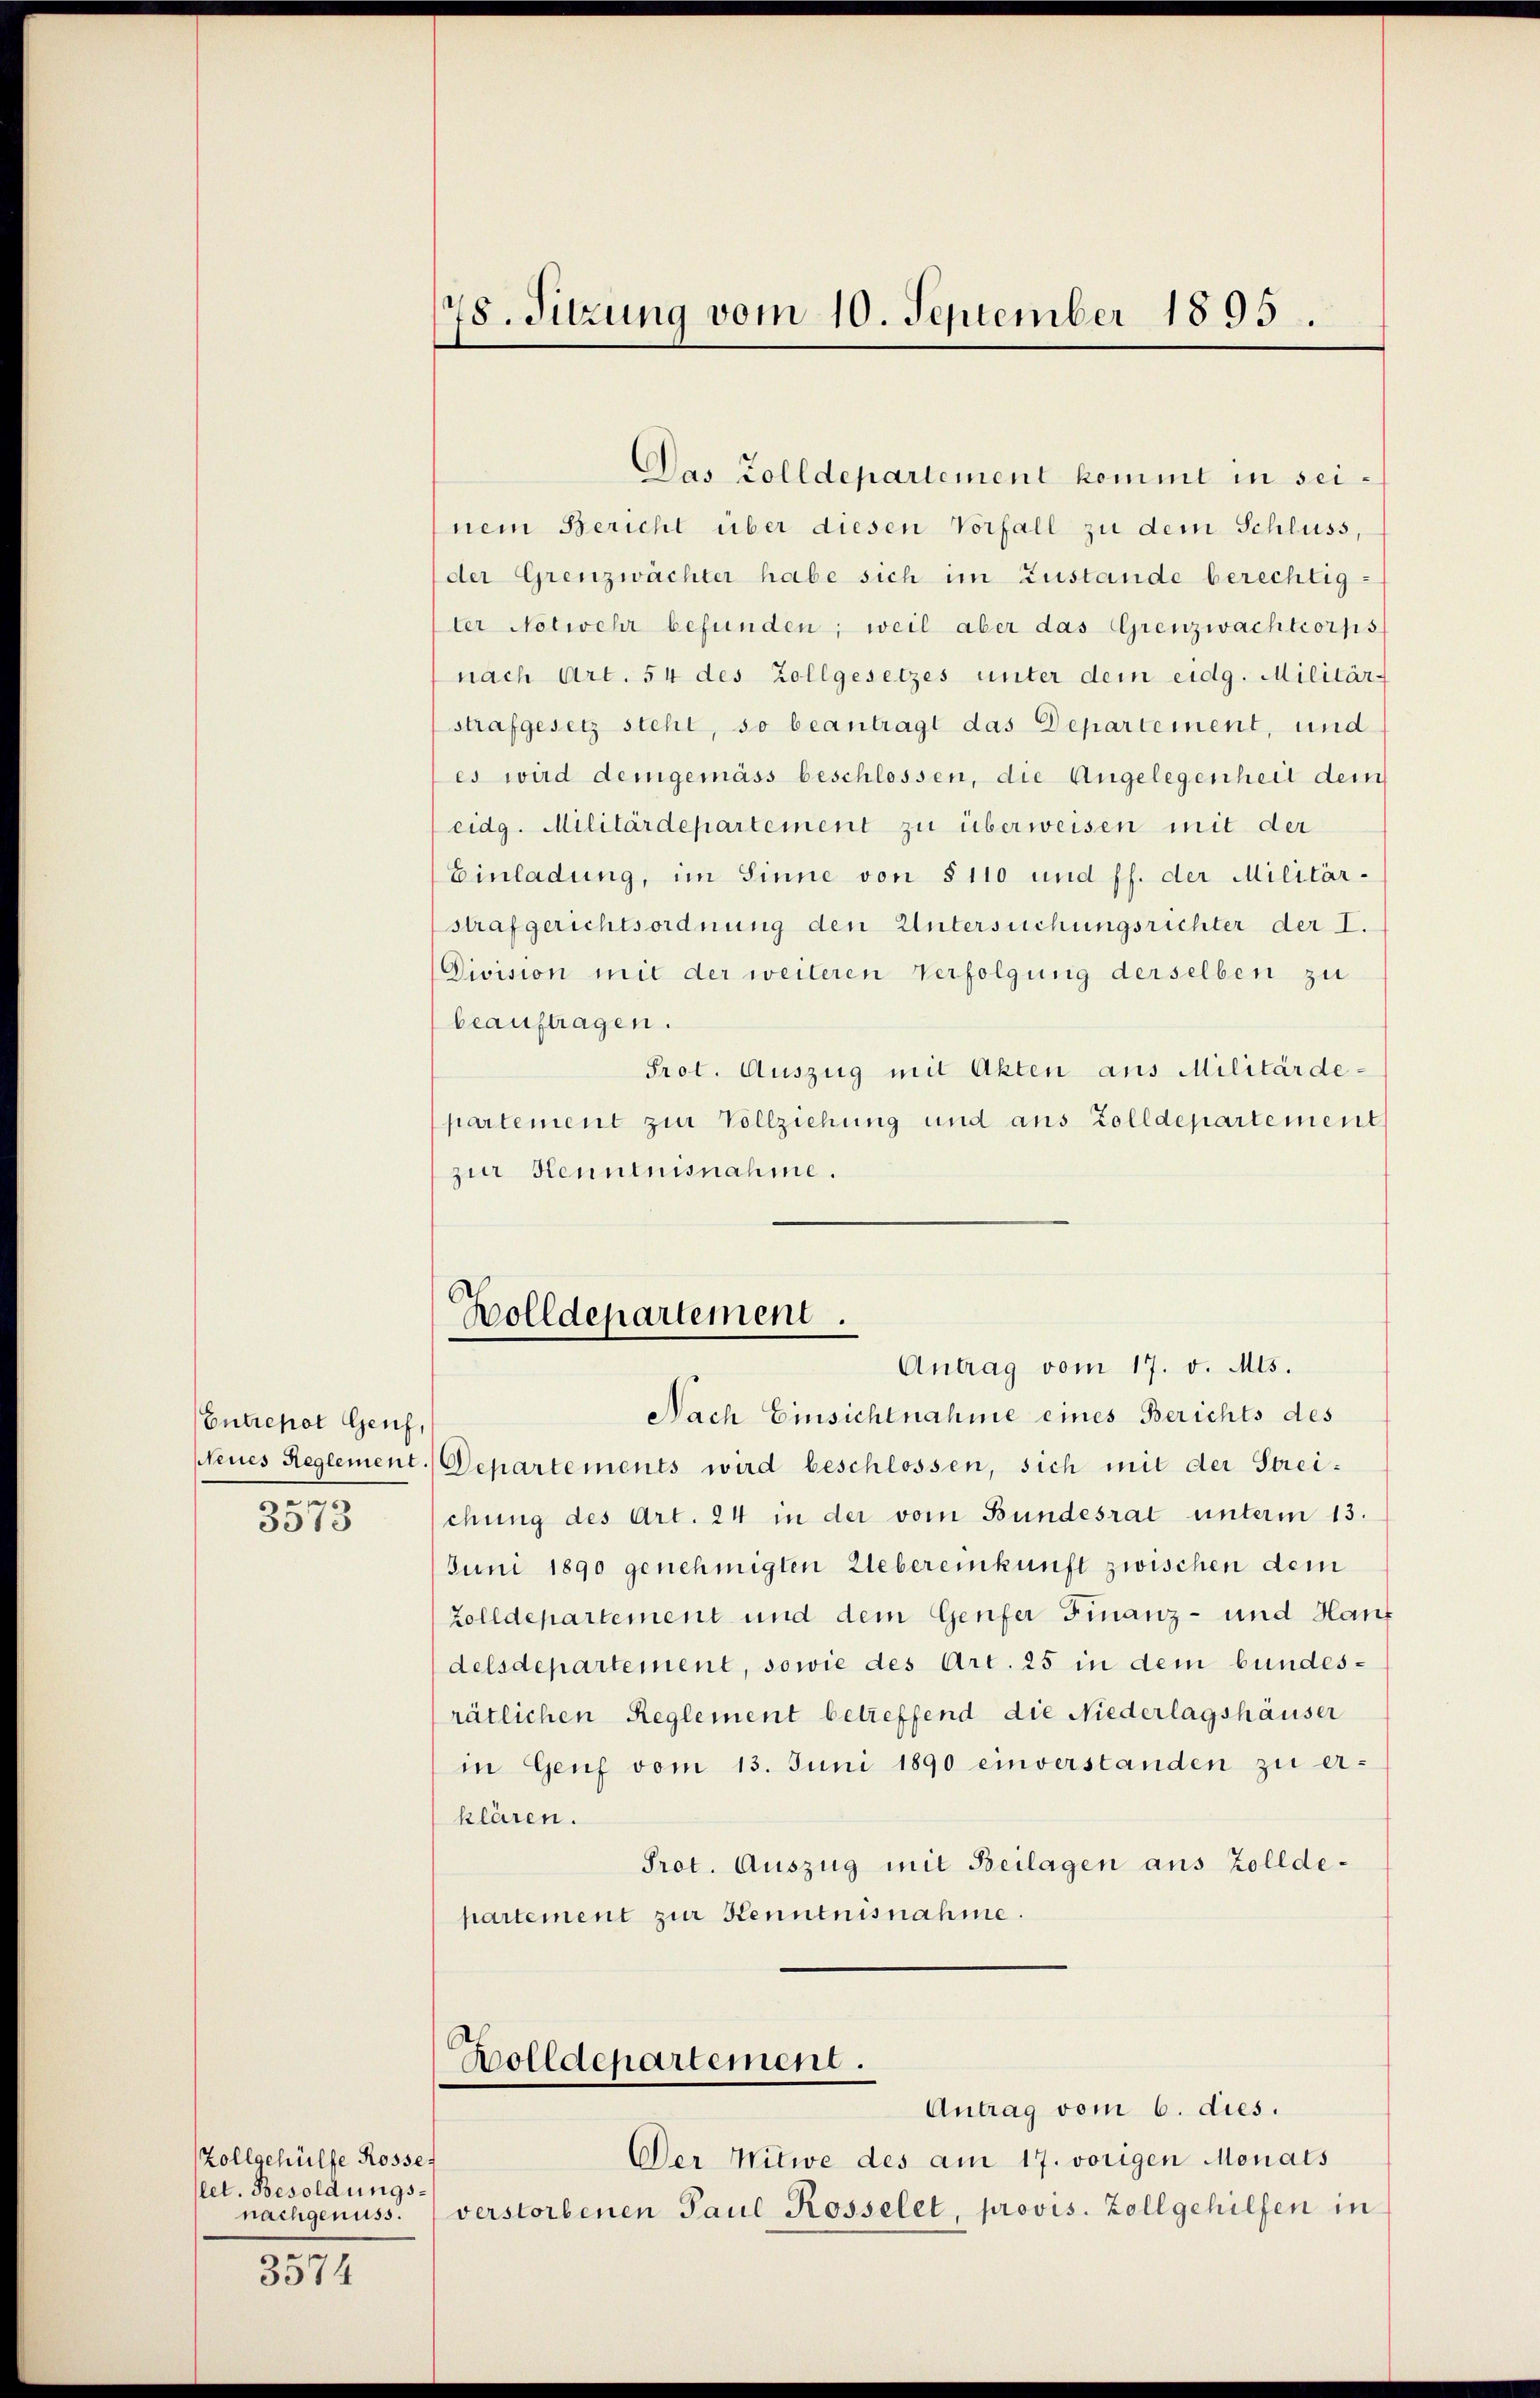
Entrepot Genf,
.
3573

5014

Zollgehülfe Rosse
let. Besoldungsnachgenuss.
de

78. Sitzung vom 10. September 1895.

Das Zolldepartement kommt in sei¬

nem Bericht über diesen Vorfall zu dem Schluss,
der Grenzwächter habe sich im Zustande berechtig-
ter Notwehr befunden; weil aber das Grenzwachtcorps
nach Art. 54 des Zollgesetzes unter dem eidg. Militär-
strafgesetz steht, so beantragt das Departement, und
es wird demgemäss beschlossen, die Angelegenheit dem
eidg. Militärdepartement zu überweisen mit der
Einladung, im Sinne von § 110 und ff. der Militär-
strafgerichtsordnung den Untersuchungsrichter der I.
Division mit der weiteren Verfolgung derselben zu
beauftragen.
Prot. Auszug mit Akten aus Militärde-
partement zur Vollziehung und aus Zolldepartement
zur Kenntnisnahme.

Bolldepartement.
Antrag vom 17. v. Mts.
Nach Einsichtnahme eines Berichts des

Neues Reglement. Departements wird beschlossen, sich mit der Streichung des Art. 24 in der vom Bundesrat unterm 13.
Juni 1890 genehmigten Uebereinkunft zwischen dem
Zolldepartement und dem Genfer Finanz- und Hanf
delsdepartement, sowie des Art. 25 in dem bundesrätlichen Reglement betreffend die Niederlagshäuser
in Genf vom 13. Juni 1890 einverstanden zu er-
klären.
Prot. Auszug mit Beilagen aus Zolldepartement zur Kenntnisnahme.

Bolldepartement.

Antrag vom 6. dies.
Der Witwe des am 17. vorigen Monats
verstorbenen Paul Rosselet, provis. Zollgehilfen in